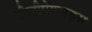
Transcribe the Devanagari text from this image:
पौलीपेप्टाइड्स